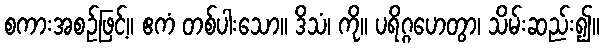
စကားအစဉ်ဖြင့်။ ဧကံ တစ်ပါးသော။ ဒိသံ၊ ကို။ ပရိဂ္ဂဟေတွာ၊ သိမ်းဆည်း၍။